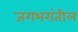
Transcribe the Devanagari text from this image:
जगभरांतील